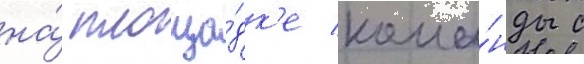
на́ площа́дк'е кома́нды с